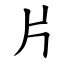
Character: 片